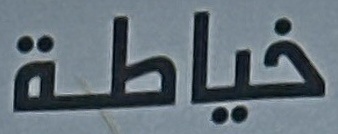
خياطة